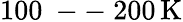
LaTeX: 100\mathrm{~--~}200\, \mathrm{K}